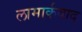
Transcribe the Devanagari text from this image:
लामार्कवाद